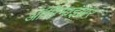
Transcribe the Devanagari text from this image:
ऑप्टिमाइझर